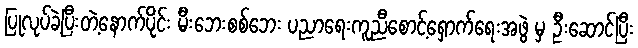
ပြုလုပ်ခဲ့ပြီးတဲ့နောက်ပိုင်း မီးဘေးစစ်ဘေး ပညာရေးကူညီစောင့်ရှောက်ရေးအဖွဲ မှ ဦးဆောင်ပြီး